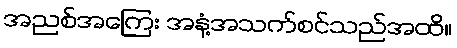
အညစ်အကြေး အနံ့အသက်စင်သည်အထိ။